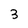
Character: 3